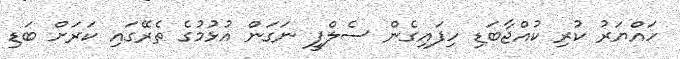
ހައްޔަރު ކުރި ކުއްޖާބަޑި ހިފައިގެން ސެލްފީ ނަގަން އުޅުމުގެ ތެރޭގައި ކަރަށް ބަޑި